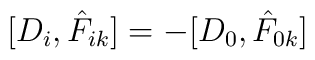
[D_i, \hat{F}_{ik}] = -[D_0, \hat{F}_{0k}]